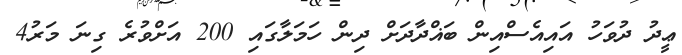
ޢީދު ދުވަހު އައިއެސްއިން ބަޣްދާދަށް ދިން ހަމަލާގައި 200 އަށްވުރެ ގިނަ މަރު4